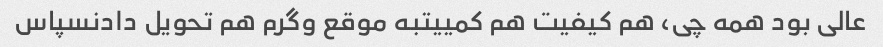
عالی بود همه چی، هم کیفیت هم کمییتبه موقع وگرم هم تحویل دادنسپاس